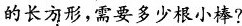
的长方形，需要多少根小棒?